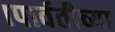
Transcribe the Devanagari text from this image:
।पार्वतीच्या